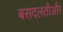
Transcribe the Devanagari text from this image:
बसदलतीऔर